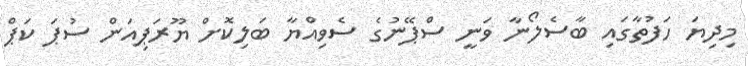
މިދިޔަ ހަފުތާގައި ބާސެލޯނާ ވަނީ ސްޕޭނުގެ ސެވިއްޔާ ބަލިކޮށް ޔޫރަޕިއަން ސުޕަ ކަޕް